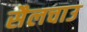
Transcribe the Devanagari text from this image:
सैलचाउ